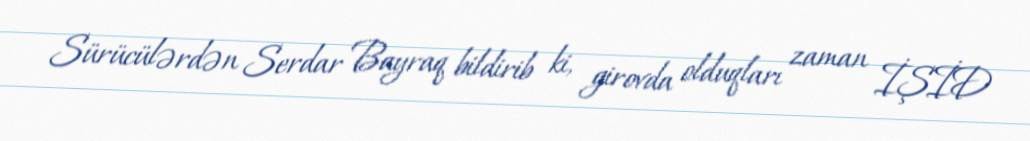
Sürücülərdən Serdar Bayraq bildirib ki, girovda olduqları zaman İŞİD